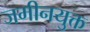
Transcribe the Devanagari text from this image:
जमीनयुक्त